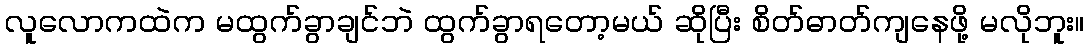
လူလောကထဲက မထွက်ခွာချင်ဘဲ ထွက်ခွာရတော့မယ် ဆိုပြီး စိတ်ဓာတ်ကျနေဖို့ မလိုဘူး။